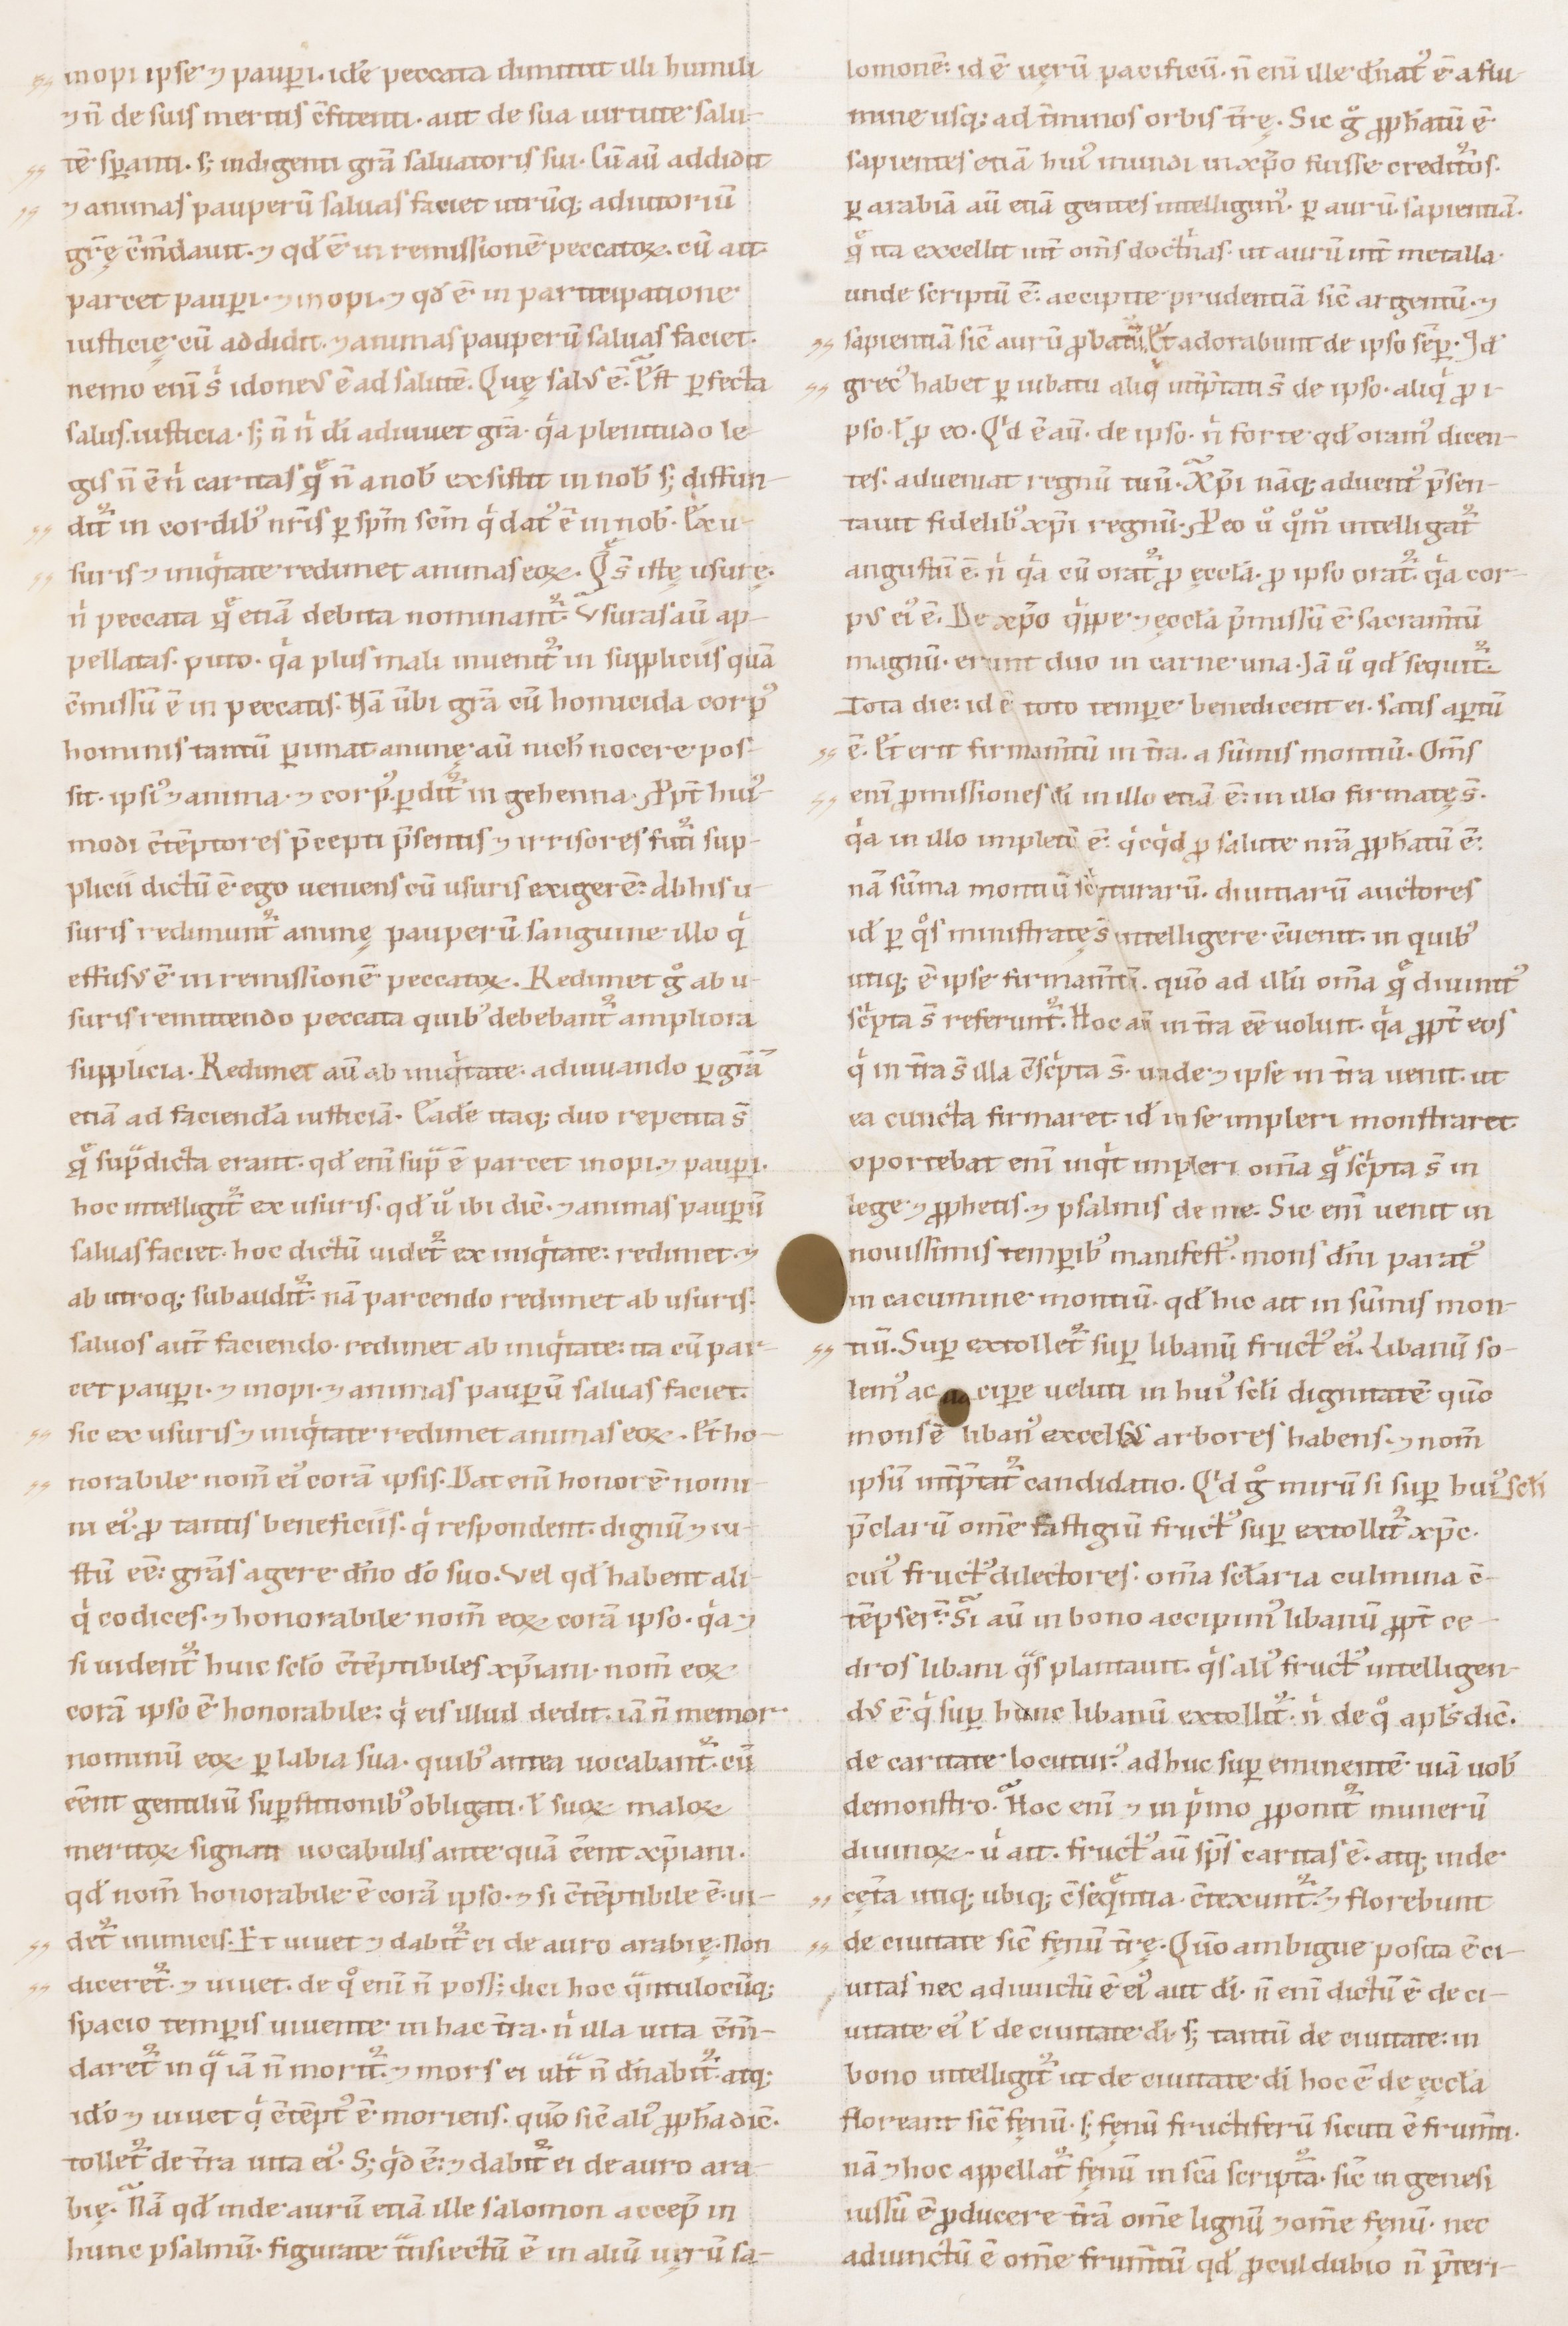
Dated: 1100–1199